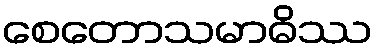
စေတောသမာဓိဿ